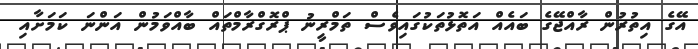
އޭގެ އިތުރުން ރާއްޖޭގެ ބައެއް އަތޮޅުތަކުގައިވެސް ތަމްރީނު ޕްރޮގްރާމްތައް ބާއްވަމުން އަންނަ ކަމަށާއި